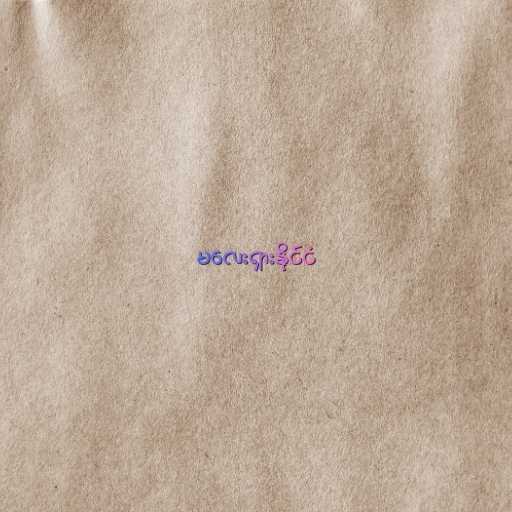
မလေးရှားနိုင်ငံ